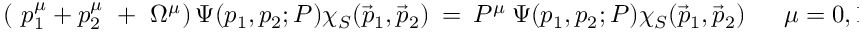
\left( ~ p _ { 1 } ^ { \mu } + p _ { 2 } ^ { \mu } ~ + ~ \Omega ^ { \mu } \right) \Psi ( p _ { 1 } , p _ { 2 } ; P ) \chi _ { S } ( \vec { p } _ { 1 } , \vec { p } _ { 2 } ) ~ = ~ P ^ { \mu } ~ \Psi ( p _ { 1 } , p _ { 2 } ; P ) \chi _ { S } ( \vec { p } _ { 1 } , \vec { p } _ { 2 } ) ~ ~ ~ ~ ~ ~ ~ \mu = 0 , 1 , 2 , 3